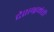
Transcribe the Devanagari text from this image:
देशभ्रमंती